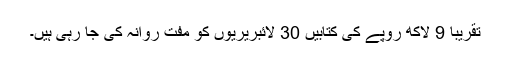
تقریباً 9 لاکھ روپے کی کتابیں 30 لائبریریوں کو مفت روانہ کی جا رہی ہیں۔